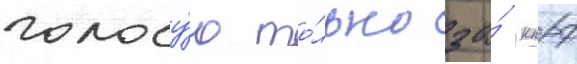
голосу́ю то́лько за́ кпрф